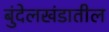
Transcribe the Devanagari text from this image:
बुंदेलखंडातील